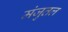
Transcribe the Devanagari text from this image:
मंजुतल